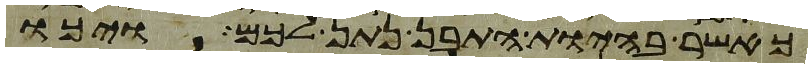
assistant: כאשר בהיות התבן נתן לכם ויכו